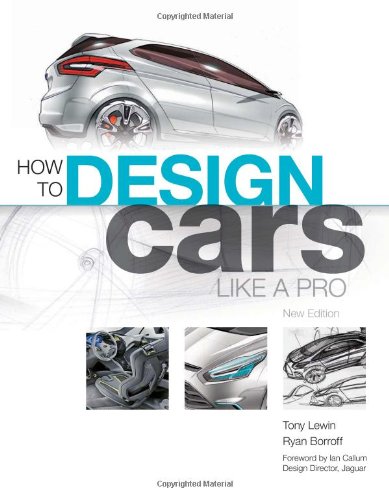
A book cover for How to Design Cars Like a Pro; Tony Lewin; Engineering & Transportation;